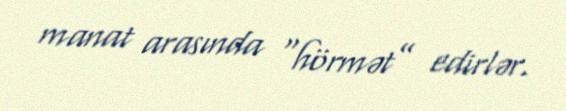
manat arasında “hörmət” edirlər.